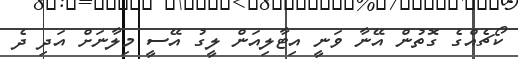
ކޯޗެއްގެ ގޮތުން އޭނާ ވަނީ އިޓާލިއަން ލީގު އޭސީ މިލާނަށް އަދި ދެ